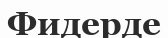
Фидерде